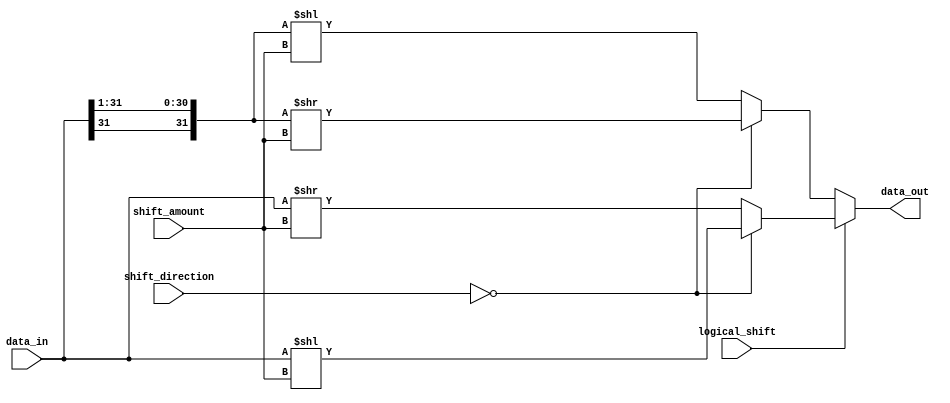
module Barrel_shifter (
    input wire [31:0] data_in,
    input wire [4:0] shift_amount,
    input wire logical_shift,
    input wire [1:0] shift_direction,
    output reg [31:0] data_out
);

reg [31:0] shifted_data;

always @(*) begin
    if (logical_shift) begin
        if (shift_direction == 2'b00) begin // Left logical shift
            shifted_data = data_in << shift_amount;
        end else begin // Right logical shift
            shifted_data = data_in >> shift_amount;
        end
    end else begin
        if (shift_direction == 2'b00) begin // Left arithmetic shift
            shifted_data = {data_in[31], data_in[31:1]} >> shift_amount;
        end else begin // Right arithmetic shift
            shifted_data = {data_in[31], data_in[31:1]} << shift_amount;
        end
    end
end

assign data_out = shifted_data;

endmodule